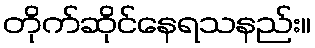
တိုက်ဆိုင်နေရသနည်း။